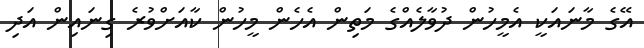
އޭގެ މާނައަކީ އެމީހުން ދުވާލެއްގެ މަތިން އެހެން މީހުން ކާއަށްވުރެ ގިނައިން އަދި